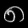
Digit: ၈